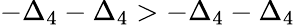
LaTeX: -\Delta_{4}-\Delta_{4}>-\Delta_{4}-\Delta_{4}